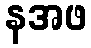
နအဖ